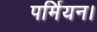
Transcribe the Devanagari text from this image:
पर्मियन।